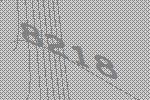
8218